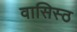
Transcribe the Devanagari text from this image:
वासिस्ठ